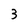
Character: 3